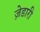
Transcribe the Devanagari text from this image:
ज़ेडारी